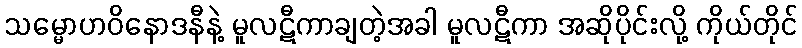
သမ္မောဟဝိနောဒနီနဲ့ မူလဋီကာချတဲ့အခါ မူလဋီကာ အဆိုပိုင်းလို့ ကိုယ်တိုင်